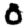
Digit: 0